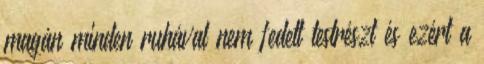
magán minden ruhával nem fedett testrészt és ezért a